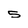
Character: 5